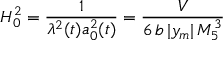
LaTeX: H _ { 0 } ^ { 2 } = \frac { 1 } { \lambda ^ { 2 } ( t ) a _ { 0 } ^ { 2 } ( t ) } = \frac { V } { 6 \, b \, | y _ { m } | \, M _ { 5 } ^ { 3 } } \,